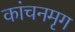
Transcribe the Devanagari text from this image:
कांचनमृग